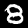
Label: 8